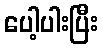
ပေါ့ပါးပြီး